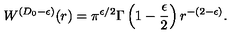
W ^ { ( { D _ { 0 } } - \epsilon ) } ( r ) = \pi ^ { \epsilon / 2 } \Gamma \left( 1 - \frac { \epsilon } { 2 } \right) r ^ { - ( 2 - \epsilon ) } .